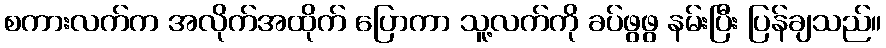
စကားလက်က အလိုက်အထိုက် ပြောကာ သူ့လက်ကို ခပ်ဖွဖွ နမ်းပြီး ပြန်ချသည်။